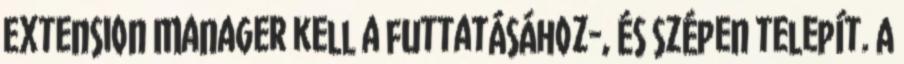
Extension Manager kell a futtatásához-, és szépen telepít. A